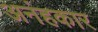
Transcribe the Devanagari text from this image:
अनंहकार